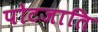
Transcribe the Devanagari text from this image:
पोटजाति